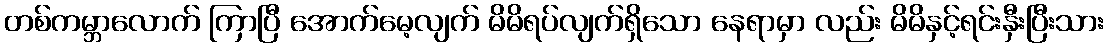
တစ်ကမ္ဘာလောက် ကြာပြီ အောက်မေ့လျက် မိမိရပ်လျက်ရှိသော နေရာမှာ လည်း မိမိနှင့်ရင်းနှီးပြီးသား